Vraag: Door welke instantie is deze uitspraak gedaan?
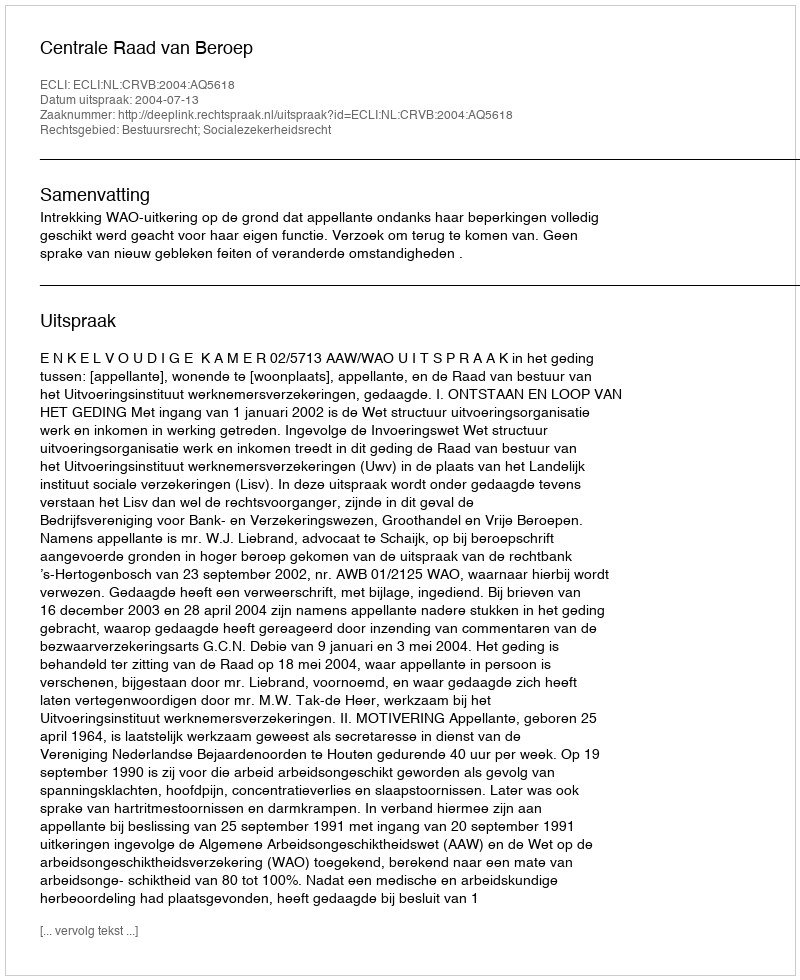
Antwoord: Centrale Raad van Beroep